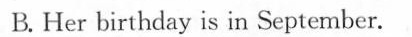
B.Her birthday is in September.